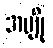
အပျို